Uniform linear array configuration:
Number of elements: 32
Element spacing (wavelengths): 0.5
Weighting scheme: exponential
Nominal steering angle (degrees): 15
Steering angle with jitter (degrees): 14.72
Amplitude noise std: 0.05
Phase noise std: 0.05

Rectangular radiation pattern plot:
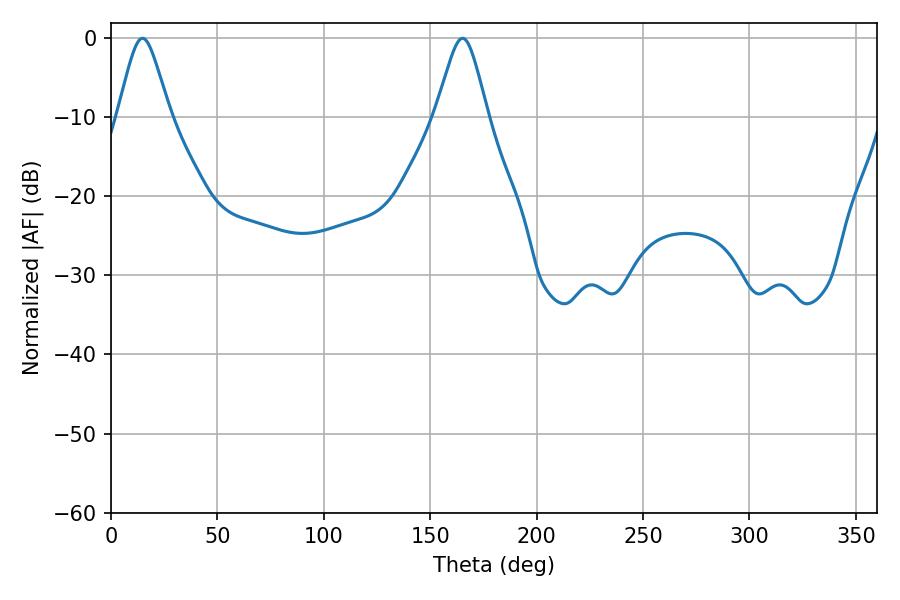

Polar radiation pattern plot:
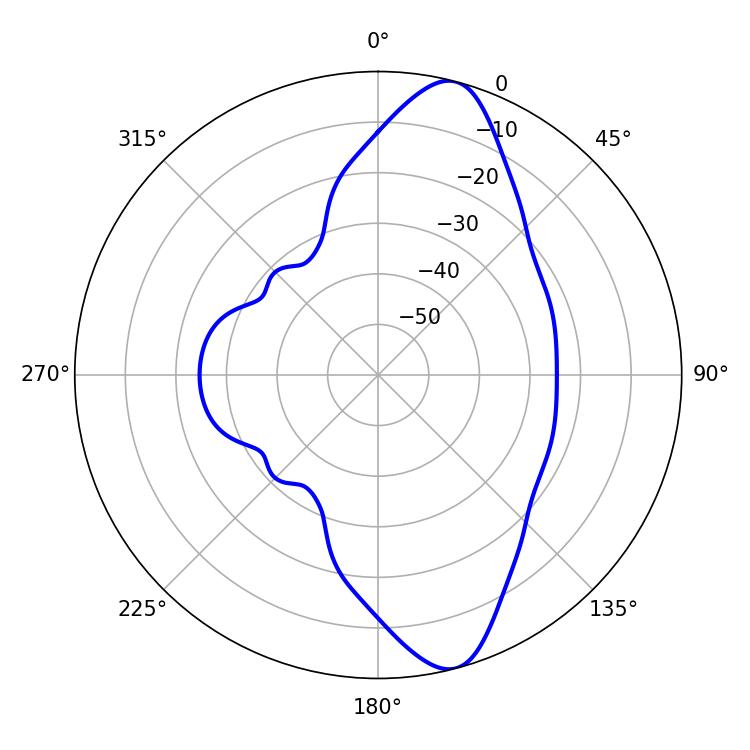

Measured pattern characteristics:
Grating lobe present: FALSE
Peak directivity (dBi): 11.596
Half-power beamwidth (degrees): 11.88
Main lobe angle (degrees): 165.24